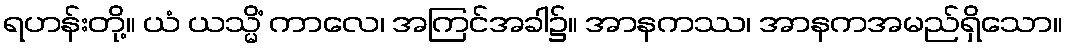
ရဟန်းတို့။ ယံ ယသ္မိံ ကာလေ၊ အကြင်အခါ၌။ အာနကဿ၊ အာနကအမည်ရှိသော။